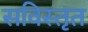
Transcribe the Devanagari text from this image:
सविस्तृत